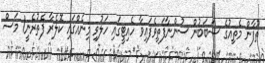
ތޫފާން މެތިއުގެ ސަބަބުން ސުންނާފަތިވެފައިވާ ހެއިޓީގައި ހަލުވި މިނެއްގައި ކޮލެރާ ފެތުރެނީ1 މަސް